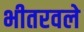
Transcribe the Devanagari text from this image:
भीतरवले